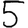
Digit: 5